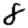
Digit: 8